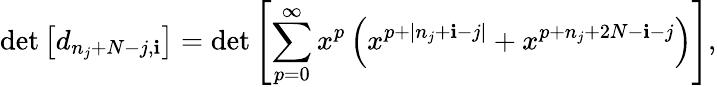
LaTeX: \operatorname*{det}\left[d_{n_{j}+N-j,\mathbf{i}}\right]=\operatorname*{det}\left[\sum_{p=0}^{\infty}x^{p}\left(x^{p+|n_{j}+\mathbf{i}-j|}+x^{p+n_{j}+2N-\mathbf{i}-j}\right)\right],